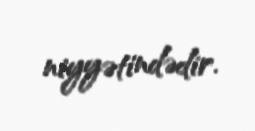
niyyətindədir.